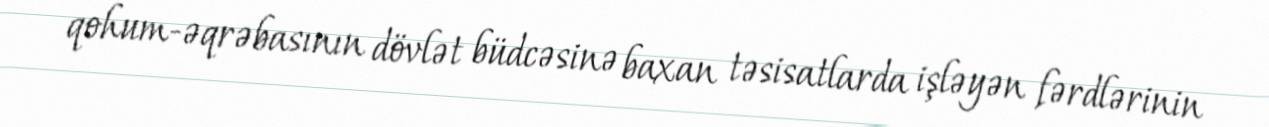
qohum-əqrəbasının dövlət büdcəsinə baxan təsisatlarda işləyən fərdlərinin